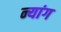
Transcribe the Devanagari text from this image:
न्यांग